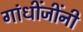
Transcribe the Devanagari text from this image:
गांधींजींनी